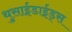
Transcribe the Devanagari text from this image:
थुसाईडाईड्स